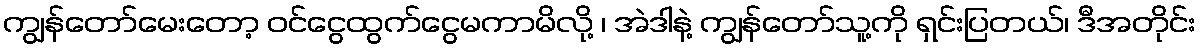
ကျွန်တော်မေးတော့ ဝင်ငွေထွက်ငွေမကာမိလို့ ၊ အဲဒါနဲ့ ကျွန်တော်သူ့ကို ရှင်းပြတယ်၊ ဒီအတိုင်း